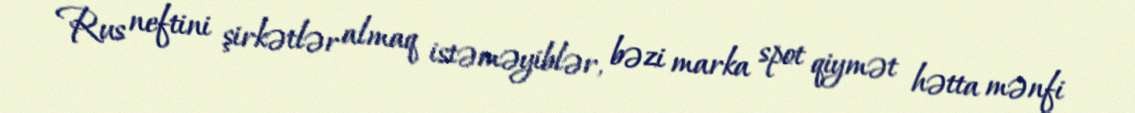
Rus neftini şirkətlər almaq istəməyiblər, bəzi marka spot qiymət hətta mənfi